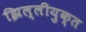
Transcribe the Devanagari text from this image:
झिल्लीयुक्त